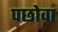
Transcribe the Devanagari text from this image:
पछोवा